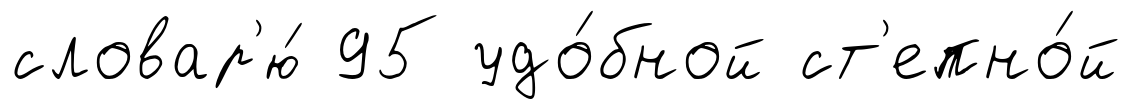
словар'ю́ 95 удо́бной ст'епно́й